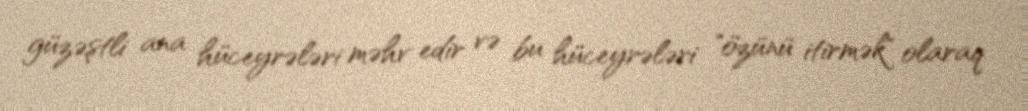
güzəştli ana hüceyrələri məhv edir və bu hüceyrələri "özünü itirmək" olaraq